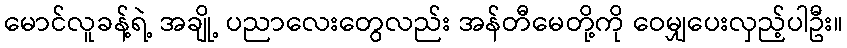
မောင်လူခန့်ရဲ့ အချို့ ပညာလေးတွေလည်း အန်တီမေတို့ကို ဝေမျှပေးလှည့်ပါဦး။